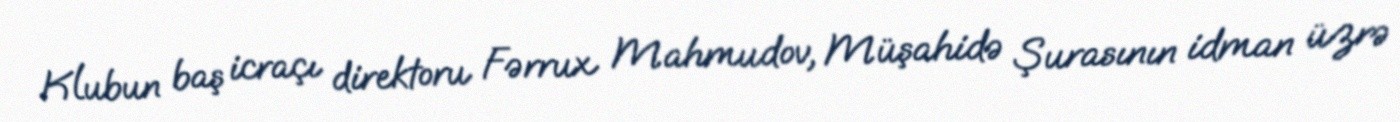
Klubun baş icraçı direktoru Fərrux Mahmudov, Müşahidə Şurasının idman üzrə